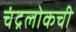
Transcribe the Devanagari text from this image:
चंद्रलोकची